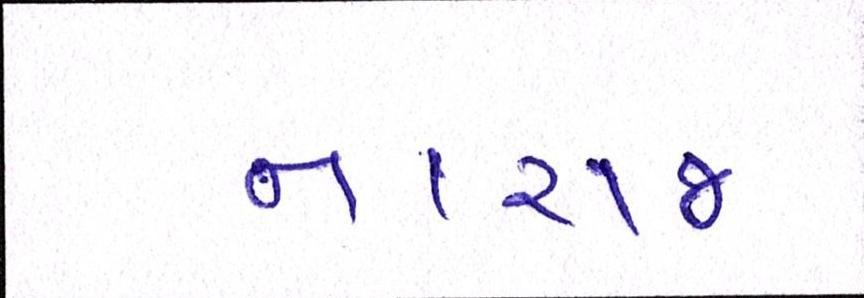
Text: નારાજ